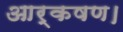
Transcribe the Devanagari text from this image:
आर्कषण।